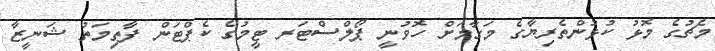
މެޗުގެ މޮޅު ކުޅުންތެރިޔާގެ މަގާމަށް ހޮވުނީ ޕޯލްސްޓަރ ޓީމުގެ ކެޕްޓަން ފާތިމަތު ޝަނީޒާ